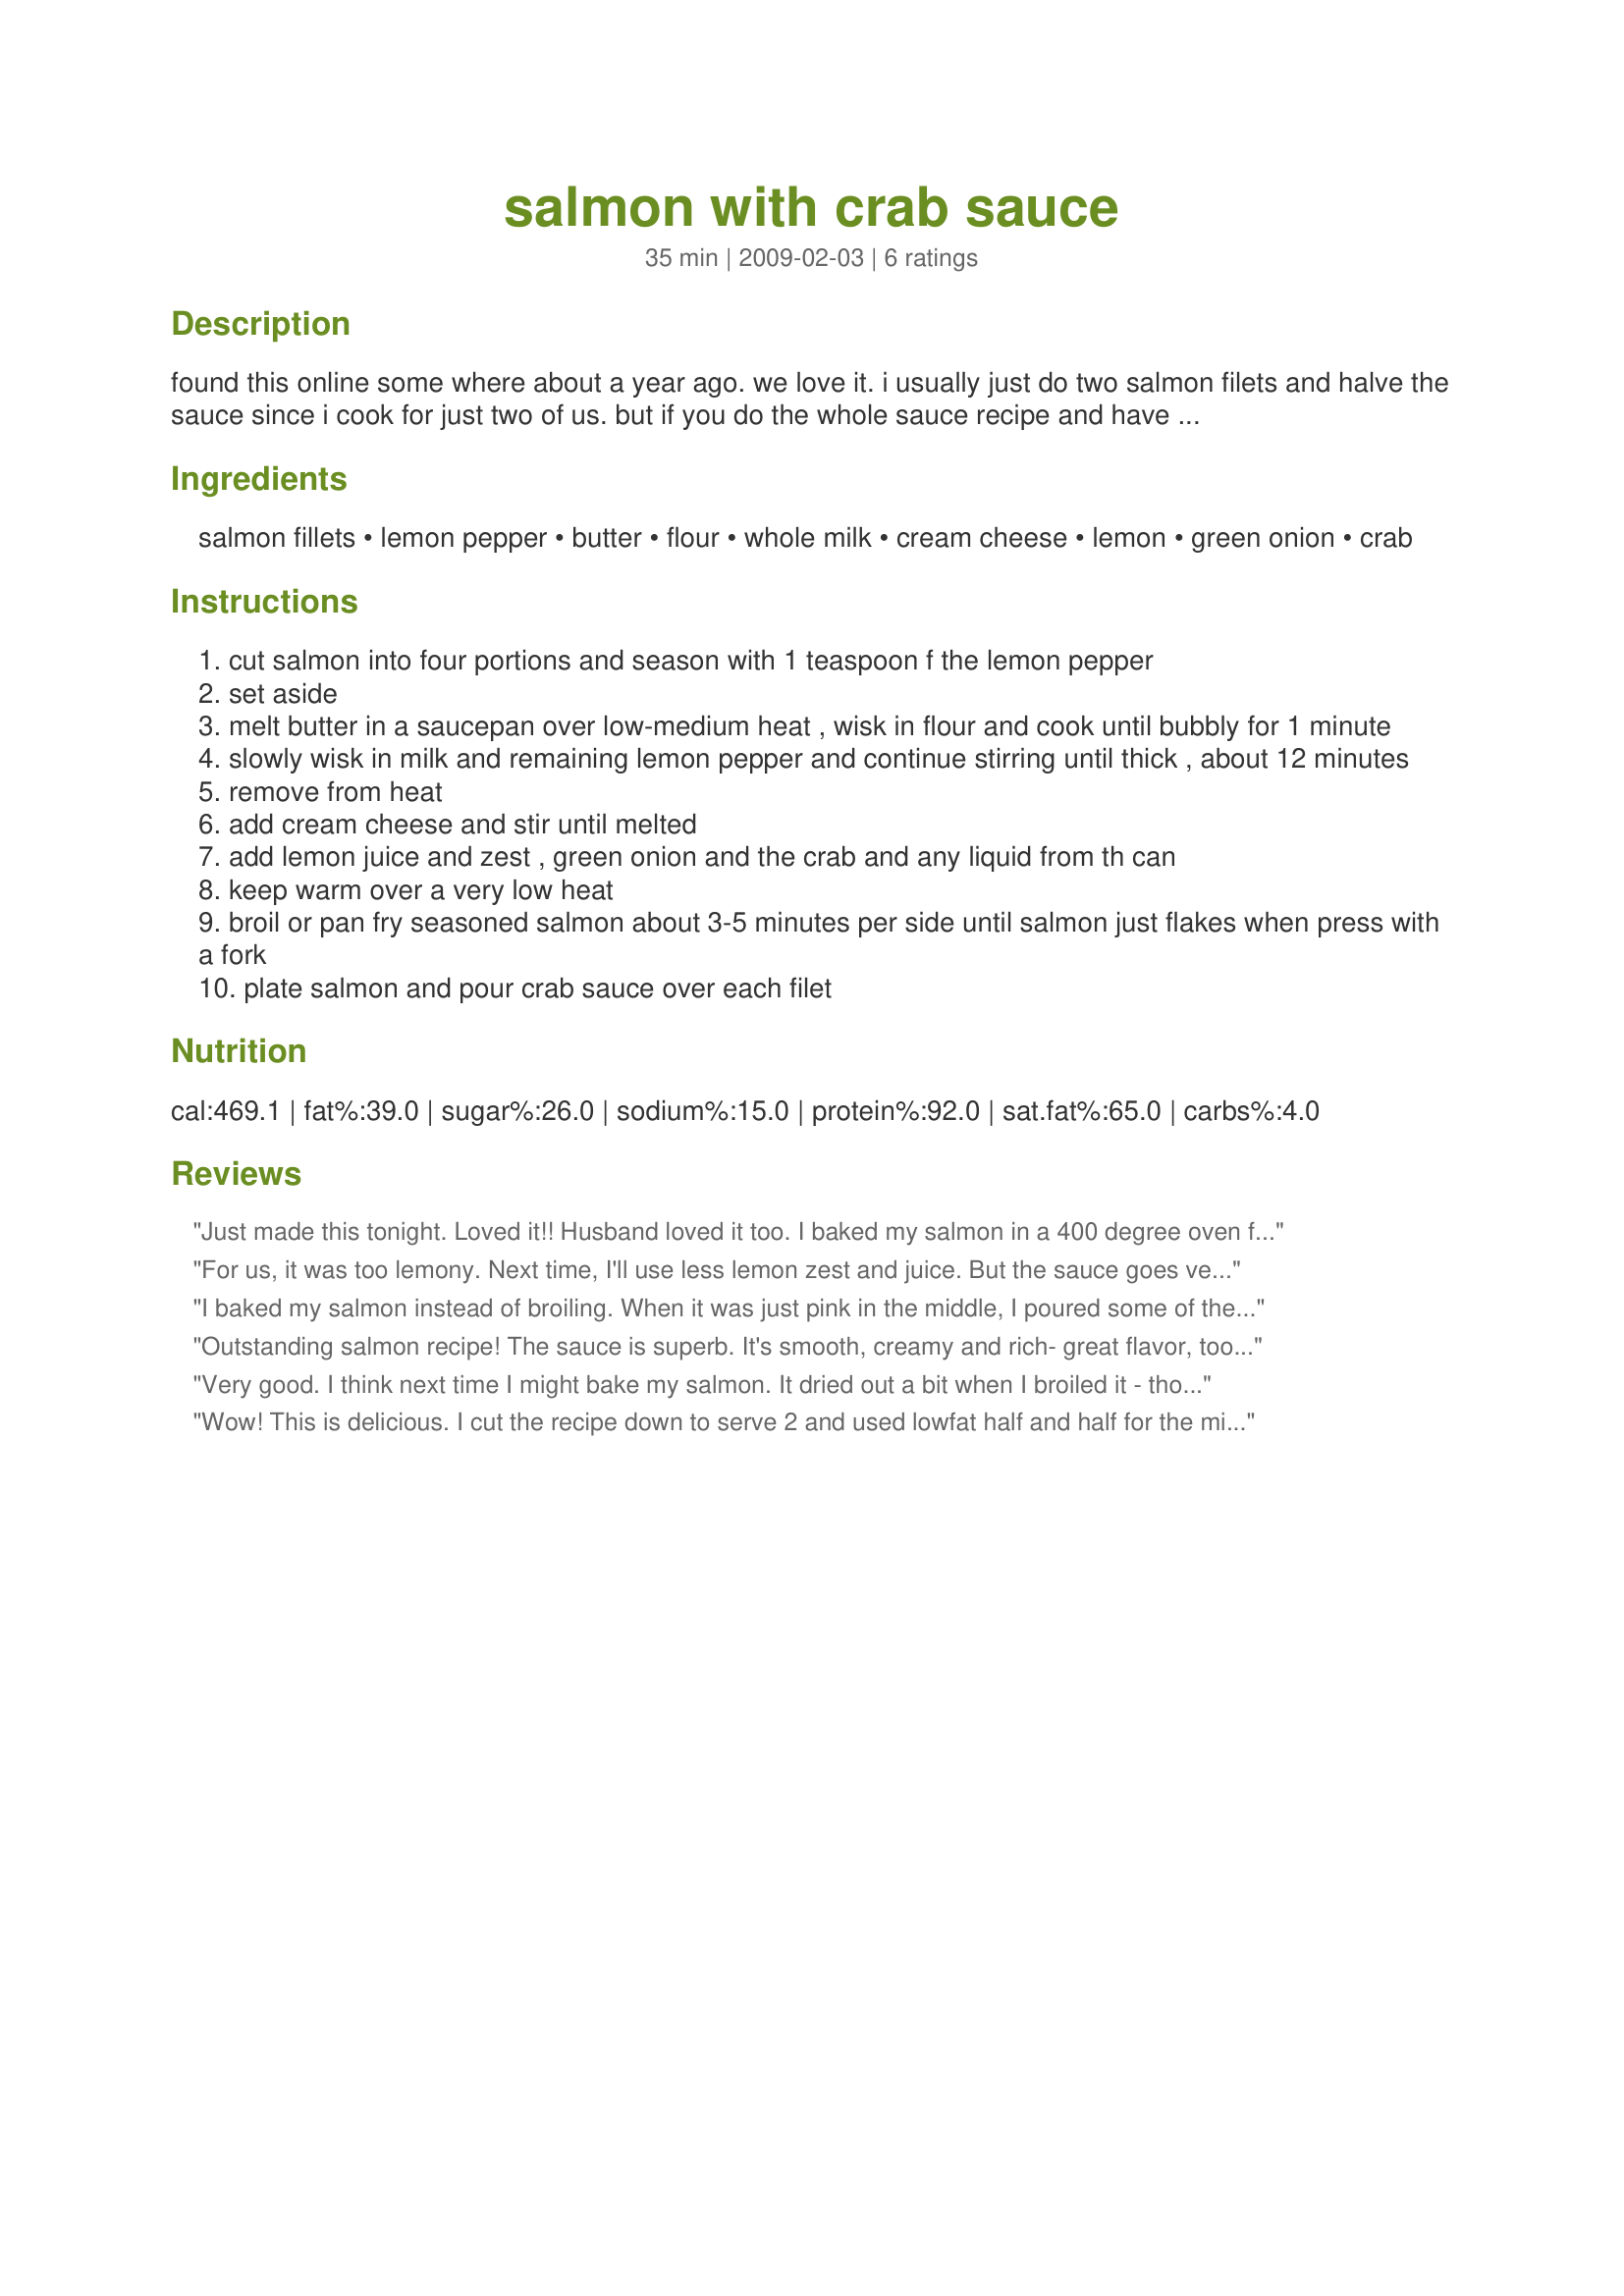
salmon with crab sauce
Preparation time: 35 minutes

found this online some where about a year ago.
we love it.
i usually just do two salmon filets and halve the sauce since i cook for just two of us.
but if you do the whole sauce recipe and have leftovers it is great on toast for lunch the next day.
i used skim milk.
elegant enough for a dinner party

Ingredients:
salmon fillets, lemon pepper, butter, flour, whole milk, cream cheese, lemon, green onion, crab

Steps:
cut salmon into four portions and season with 1 teaspoon f the lemon pepper
set aside
melt butter in a saucepan over low-medium heat , wisk in flour and cook until bubbly for 1 minute
slowly wisk in milk and remaining lemon pepper and continue stirring until thick , about 12 minutes
remove from heat
add cream cheese and stir until melted
add lemon juice and zest , green onion and the crab and any liquid from th can
keep warm over a very low heat
broil or pan fry seasoned salmon about 3-5 minutes per side until salmon just flakes when press with a fork
plate salmon and pour crab sauce over each filet

Reviews:
Just made this tonight. Loved it!! Husband loved it too. I baked my salmon in a 400 degree oven for 20-25 minutes. I first brushed on a mixture of butter and olive oil - then sprinkling it with the lemon pepper. When the salmon was done, I also sprinkled it with just a little McCormick Cajun seasoning and paprika. Made the sauce as directed and it was scrumptious. I served it with buttered alfredo noodles (to which I added some of that delicious sauce) and some green beans. Oh, and I sprinkled the sauced noodles with grated Parmesan cheese and a few sprinkles of cracked red pepper. DELISH!! Review by CurtMapp
For us, it was too lemony. Next time, I'll use less lemon zest and juice. But the sauce goes very well with the salmon. Thanks Wicked Cook :) Made for Gimme 5 tag game
I baked my salmon instead of broiling. When it was just pink in the middle, I poured some of the sauce over the fish and sprinkled with some fresh parsley and garnished with a thin slice of lemon on each piece (I had 3 pieces out of the 1 1/2 lbs. as we love fish). The sauce was excellent and really complimented the fish. I had extra sauce, and used it to pour over my buttered noodles that I was serving with it. The sauce was great over the noodles too! With a side of fresh broccoli this was a meal to behold! I will be making this again and again I loved it so much! Thank you for sharing it with us Wicked! Made for Newest Zaar Stars 4/09 Linda
Outstanding salmon recipe! The sauce is superb. It's smooth, creamy and rich- great flavor, too. I loved this so much and will be making it often. I baked my salmon and sprinkled it with a little Emeril's essence along with the lemon-pepper. I was afraid to use full teaspoons of lemon-pepper because it sounded like a lot so I used 1/2 teaspoons both times. Other than that, I made this exactly as written. I am so happy I chose this one- it's a KEEPER! Thanks for sharing your delicious recipe, wicked!
Very good. I think next time I might bake my salmon. It dried out a bit when I broiled it - though it was hard to tell when it was swimming in all that delicious crab sauce. I could have halved the sauce, but I am looking forward to thinking of other ways to use it up.
Wow! This is delicious. I cut the recipe down to serve 2 and used lowfat half and half for the milk. This made so much yummy sauce that I had plenty to serve over fettuccine. I pan fried my salmon by using cooking spray. This really is elegant enough to serve to company. Thanks for posting. :)
